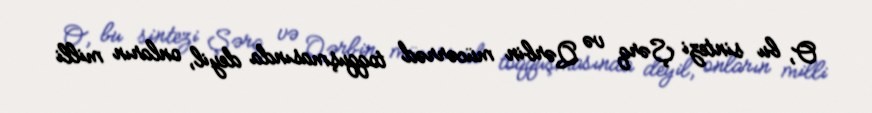
O, bu sintezi Şərq və Qərbin mücərrəd toqquşmasında deyil, onların milli